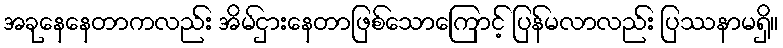
အခုနေနေတာကလည်း အိမ်ငှားနေတာဖြစ်သောကြောင့် ပြန်မလာလည်း ပြဿနာမရှိ။